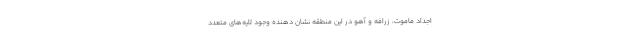
اجداد ماموت، زرافه و آهو در این منطقه نشان دهنده وجود لایه‌های متعدد